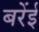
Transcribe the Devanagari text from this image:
बरेंई